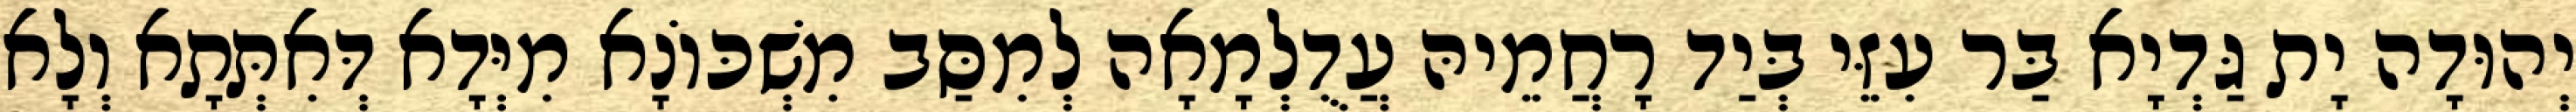
יְהוּדָה יָת גַּדְיָא בַּר עִזֵּי בְּיַד רָחֲמֵיהּ עֲדֻלְמָאָה לְמִסַּב מִשְׁכּוֹנָא מִיְּדָא דְּאִתְּתָא וְלָא